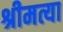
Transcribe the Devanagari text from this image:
श्रीमत्या